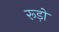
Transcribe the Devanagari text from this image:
रूड़ो